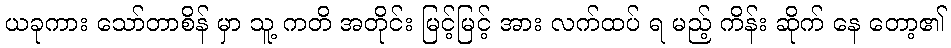
ယခုကား သော်တာစိန် မှာ သူ့ ကတိ အတိုင်း မြင့်မြင့် အား လက်ထပ် ရ မည့် ကိန်း ဆိုက် နေ တော့၏